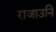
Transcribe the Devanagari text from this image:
राजाउनि